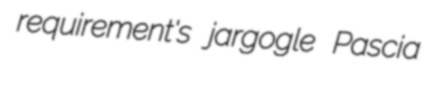
requirement's jargogle Pascia